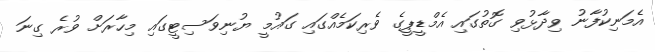
އެމަނިކުފާނު ވިދާޅުވި ގޮތުގައި އެމްޑީޕީގެ ވެރިކަމެއްގައި ގައުމީ ޔުނިވަސިޓީގައި މިހާރަށް ވުރެ ގިނަ